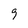
Character: 9